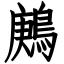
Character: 鶊